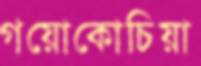
গয়োকোচিয়া